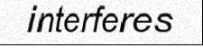
interferes